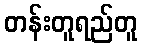
တန်းတူရည်တူ